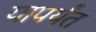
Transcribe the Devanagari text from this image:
यापर्यंत